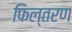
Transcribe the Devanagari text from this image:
फिल्तरण